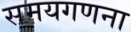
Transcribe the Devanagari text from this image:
समयगणना